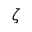
\zeta